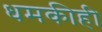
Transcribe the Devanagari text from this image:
धमकीही